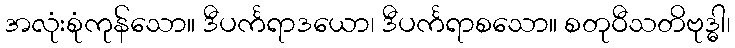
အလုံးစုံကုန်သော။ ဒီပင်္ကရာဒယော၊ ဒီပင်္ကရာစသော။ စတုဝီသတိဗုဒ္ဓါ၊